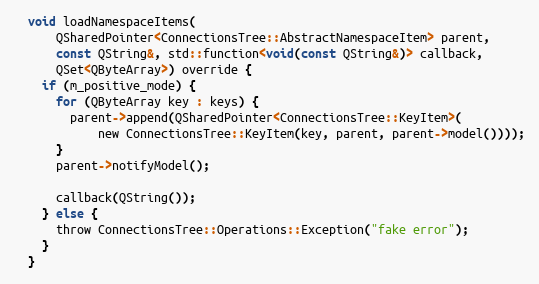
Language: C
  void loadNamespaceItems(
      QSharedPointer<ConnectionsTree::AbstractNamespaceItem> parent,
      const QString&, std::function<void(const QString&)> callback,
      QSet<QByteArray>) override {
    if (m_positive_mode) {
      for (QByteArray key : keys) {
        parent->append(QSharedPointer<ConnectionsTree::KeyItem>(
            new ConnectionsTree::KeyItem(key, parent, parent->model())));
      }
      parent->notifyModel();

      callback(QString());
    } else {
      throw ConnectionsTree::Operations::Exception("fake error");
    }
  }